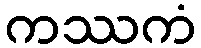
ကဿကံ